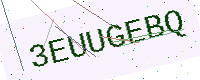
Text: 3EUUGEBQ